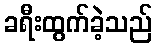
ခရီးထွက်ခဲ့သည်